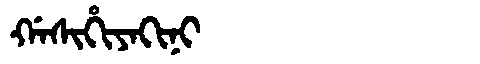
Manchu: ᡤᠠᠰᡳᡥᡳᠶᠠᡴᡳᠨᡳ
Romanization: GASIHIYAKINI